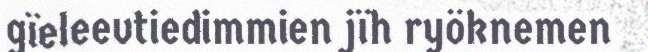
gïeleevtiedimmien jïh ryöknemen